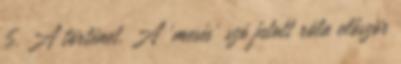
5. A történet. A 'mesés' szó jutott róla először